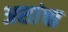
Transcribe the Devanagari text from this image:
अशांचा